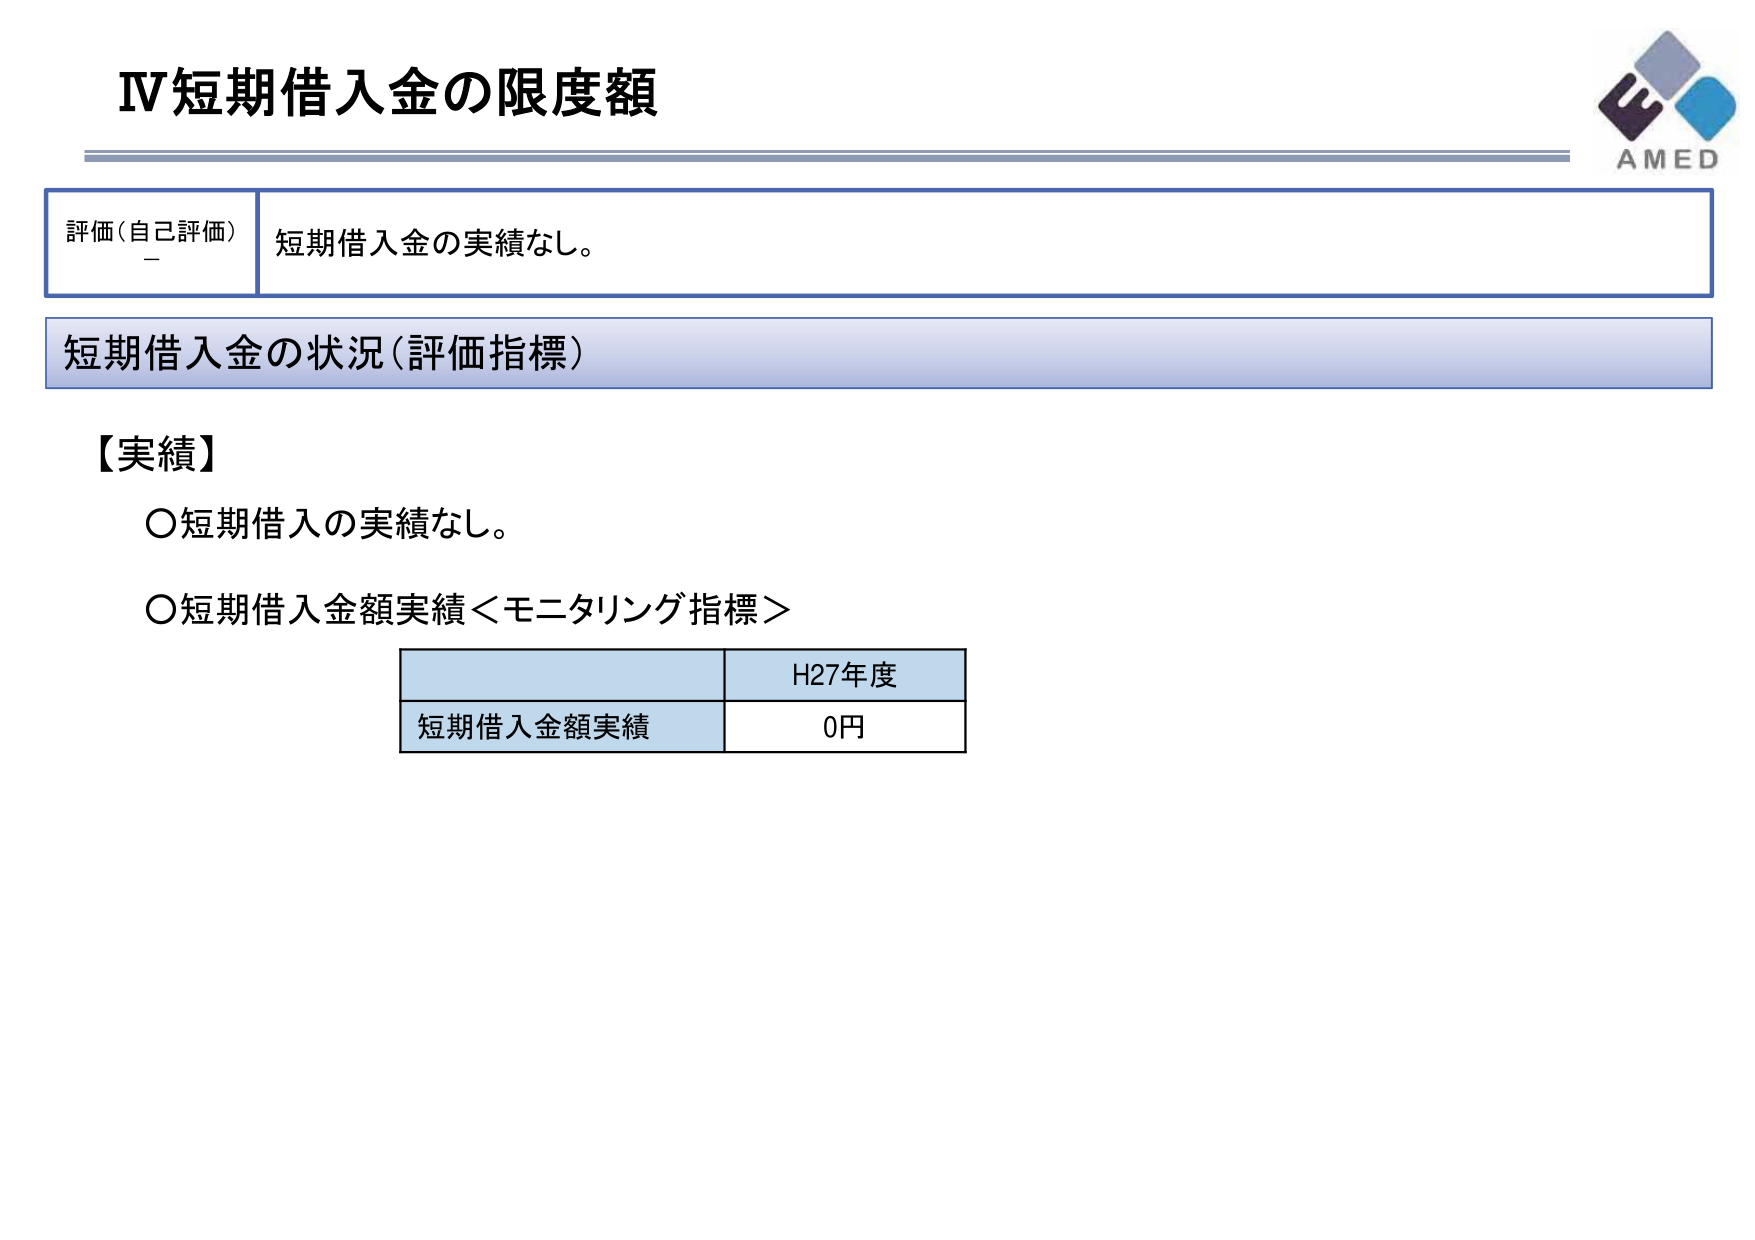
Ⅳ短期借入金の限度額

評価（自己評価）
短期借入金の実績なし。

短期借入金の状況（評価指標）

【実績】
○短期借入の実績なし。
○短期借入金額実績＜モニタリング指標＞

H27年度
短期借入金額実績　0円

AMED